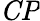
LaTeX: \mathit{CP}